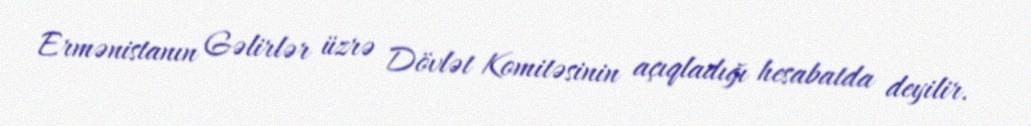
Ermənistanın Gəlirlər üzrə Dövlət Komitəsinin açıqladığı hesabatda deyilir.